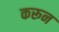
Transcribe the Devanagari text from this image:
करून